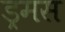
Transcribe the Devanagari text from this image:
ड्रमस